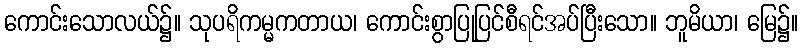
ကောင်းသောလယ်၌။ သုပရိကမ္မကတာယ၊ ကောင်းစွာပြုပြင်စီရင်အပ်ပြီးသော။ ဘူမိယာ၊ မြေ၌။